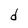
Character: d